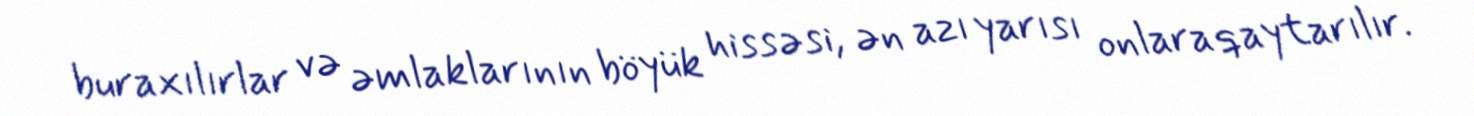
buraxılırlar və əmlaklarının böyük hissəsi, ən azı yarısı onlara qaytarılır.